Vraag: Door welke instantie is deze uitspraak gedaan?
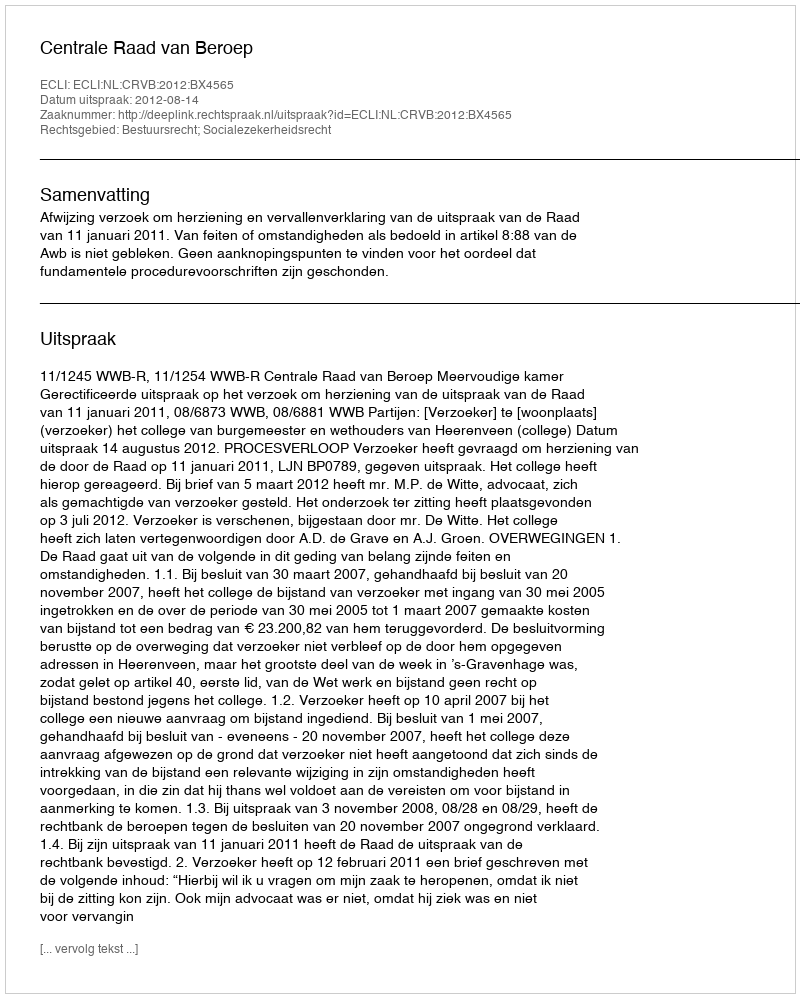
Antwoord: Centrale Raad van Beroep